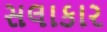
સલાકાર